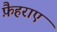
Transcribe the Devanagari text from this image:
फ़ैहराए